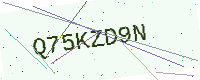
Text: Q75KZD9N